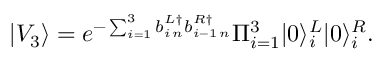
| V _ { 3 } \rangle = e ^ { - \sum _ { i = 1 } ^ { 3 } b _ { i \, n } ^ { L \dag } b _ { i - 1 \, n } ^ { R \dag } } \Pi _ { i = 1 } ^ { 3 } | 0 \rangle _ { i } ^ { L } | 0 \rangle _ { i } ^ { R } .